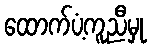
ထောက်ပံ့ကူညီမှု